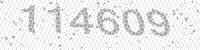
Solution: 114609